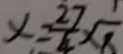
x = \frac { 2 7 } { 4 } \times \frac { 1 } { 8 }